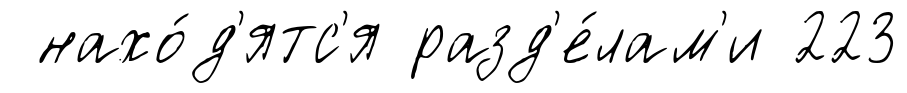
нахо́д'ятс'я разд'е́лам'и 223